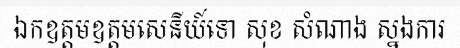
ឯកឧត្តមឧត្តមសេនីយ៍ទោ សុខ សំណាង ស្នងការ